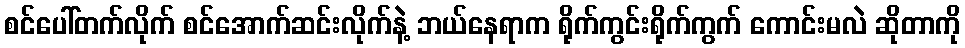
စင်ပေါ်တက်လိုက် စင်အောက်ဆင်းလိုက်နဲ့ ဘယ်နေရာက ရိုက်ကွင်းရိုက်ကွက် ကောင်းမလဲ ဆိုတာကို